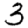
Digit: 3